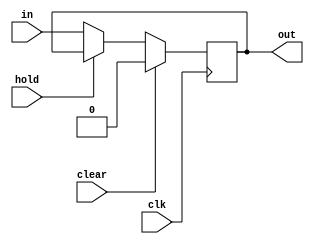
module midreg(
    input clk,
    input clear,
    input hold,
    input wire [N-1:0] in,
    output reg [N-1:0] out
);
    parameter N = 1;
    always @(posedge clk) begin
        if(clear) begin
            out <= {N{1'b0}};
        end 
        else if(hold) begin 
            out <= out;
        end
        else begin 
            out <= in;
        end 
    end

endmodule